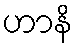
ဟာနိ